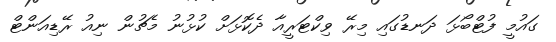
ގައުމީ ފުޓްބޯޅަ ދަނޑުގައި މިރޭ ވިކްޓަރީއާ ދެކޮޅަށް ކުޅުނު މެޗުން ނިއު ރޭޑިއަންޓް